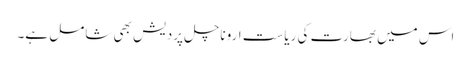
اس میں بھارت کی ریاست اروناچل پردیش بھی شامل ہے۔